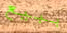
ببيع